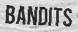
BANDITS